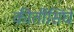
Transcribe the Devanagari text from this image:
कीर्तीसिंघे